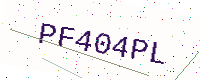
Text: PF404PL